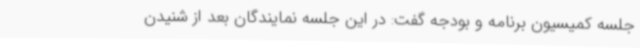
جلسه کمیسیون برنامه و بودجه گفت: در این جلسه نمایندگان بعد از شنیدن